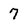
Character: 7